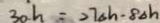
3 0 h = 2 7 \Delta h - 8 \Delta h